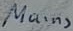
Text: Mains